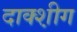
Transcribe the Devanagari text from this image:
दाक्श़ीग